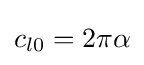
c_{l0}=2\pi \alpha